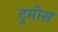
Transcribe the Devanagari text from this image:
टुमोस